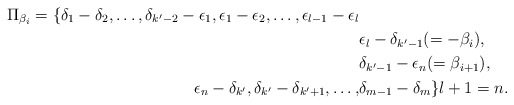
\begin{align*}\Pi_{\beta_i}=\{\delta_1-\delta_2,\ldots,\delta_{k'-2}-\epsilon_1, \epsilon_1-\epsilon_2,\ldots,\epsilon_{l-1}-\epsilon_l\cr &\epsilon_l-\delta_{k'-1} (=-\beta_{i}),\cr& \delta_{k'-1}-\epsilon_{n} (=\beta_{i+1}),\cr\epsilon_n-\delta_{k'},\delta_{k'}-\delta_{k'+1},\ldots,&\delta_{m-1}-\delta_m\}l+1=n.\end{align*}